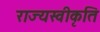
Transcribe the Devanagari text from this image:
राज्यस्वीकृति